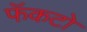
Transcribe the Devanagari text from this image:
फॅकटो